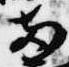
両